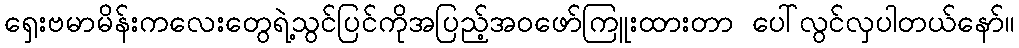
ရှေးဗမာမိန်းကလေးတွေရဲ့သွင်ပြင်ကိုအပြည့်အဝဖော်ကြူးထားတာ ပေါ်လွင်လှပါတယ်နော်။